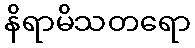
နိရာမိသတရော